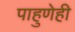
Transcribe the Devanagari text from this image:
पाहुणेही